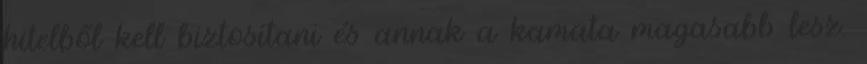
hitelből kell biztosítani és annak a kamata magasabb lesz.